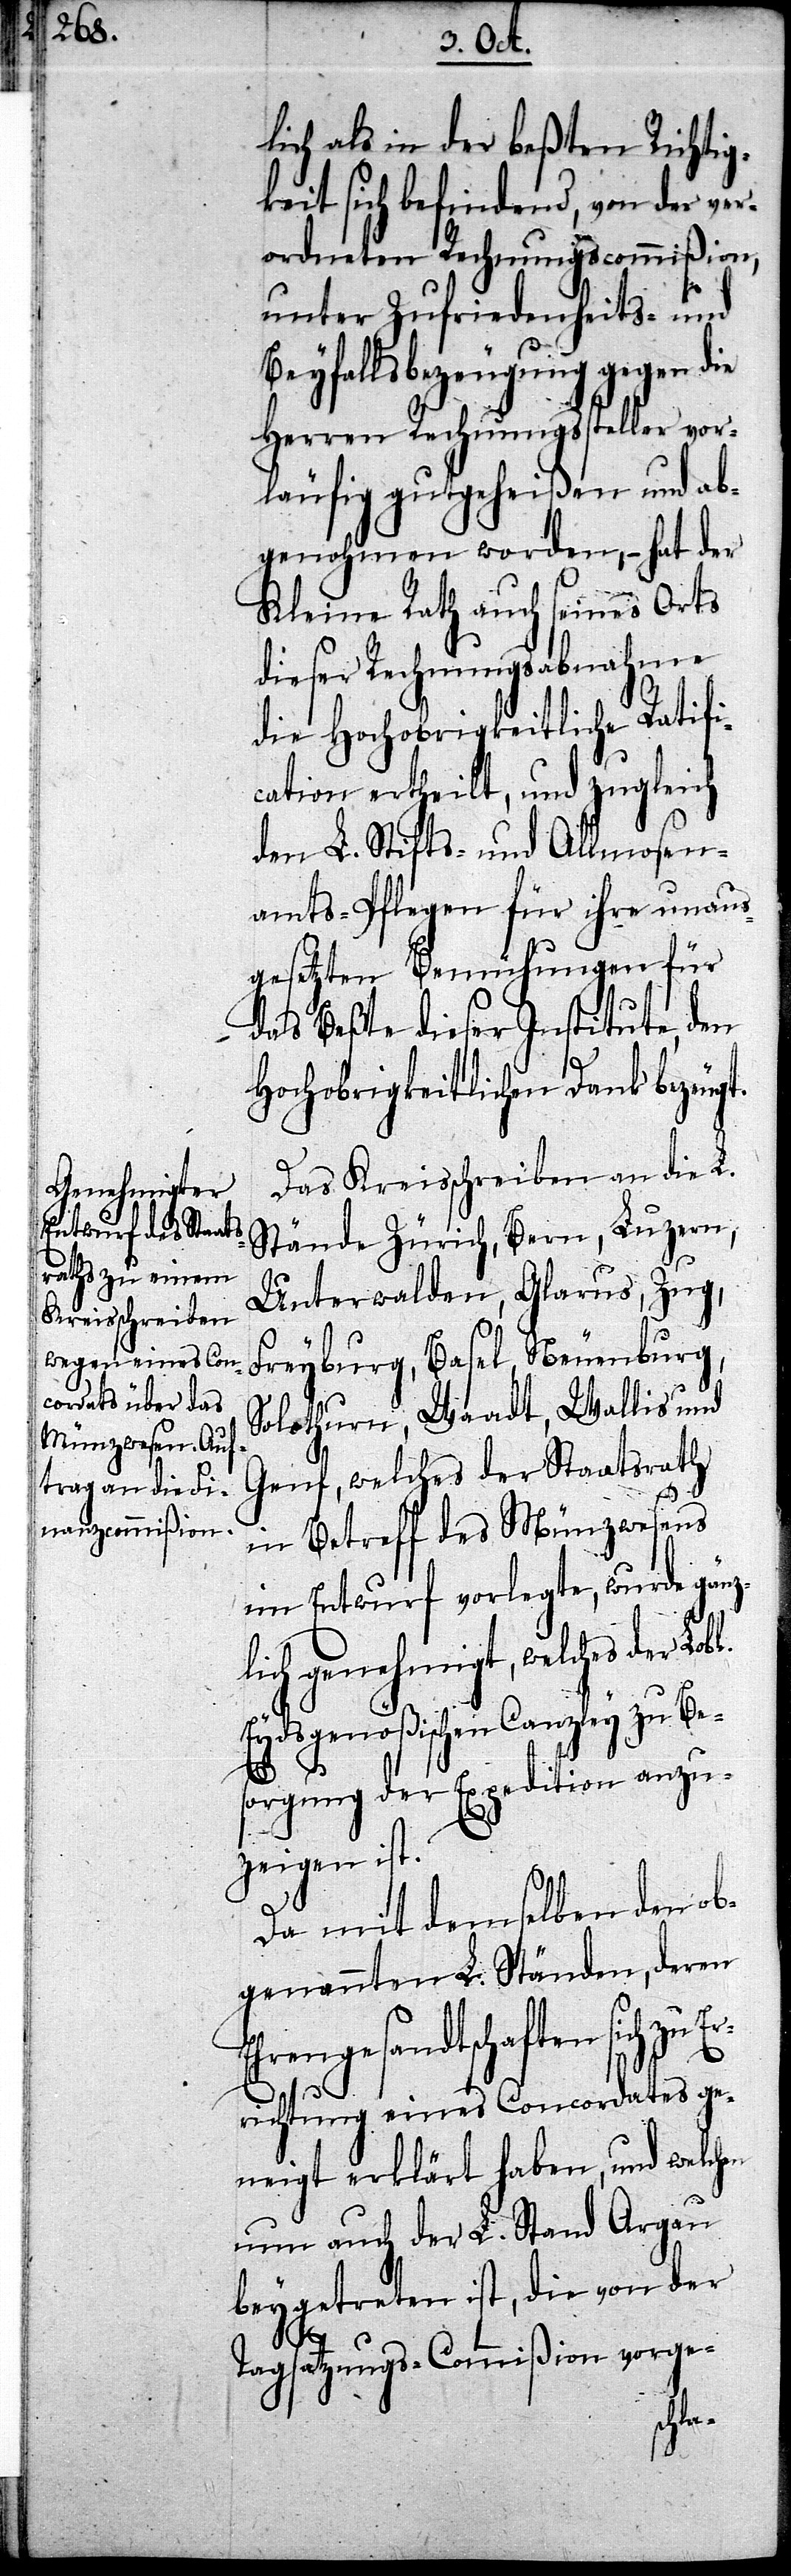
lich als in der beßten Richtig¬
keit sich befindend, von der ver¬
ordneten Rechnungscommißion,
unter Zufriedenheits- und
Beyfallsbezeugung gegen die
Herren Rechnungssteller vor¬
läufig gutgeheißen und ab¬
genohmen worden, – hat der
Kleine Rath auch seines Orts
dieser Rechnungsabnahme
die Hochobrigkeitliche Ratifi¬
cation ertheilt, und zugleich
den L. Stifts- und Allmosen¬
amts-Pflegen für ihre unaus¬
gesetzten Bemühungen für
das Beßte dieser Institute, den
Hochobrigkeitlichen Dank bezeugt.
Das Kreisschreiben an die L.
Stände Zürich, Bern, Luzern,
Unterwalden, Glarus, Zug,
Freyburg, Basel, Neuenburg,
Solothurn, Waadt, Wallis und
Genf, welches der Staatsrath
in Betreff des Münzwesens
im Entwurf vorlegte, wurde gänz¬
lich genehmigt, welches der Lob¬
Eydsgenößischen Canzley zu Be¬
Er¬
sorgung der Expedition anzu¬
zeigen ist.
Da mit demselben den ob¬
genannten L. Ständen, deren
engesandtschaften sich zu
richtung eines Concordates ge¬
neigt erklärt haben, und welchen
nun auch der L. Stand Argau
beygetreten ist, die von der
Tagsatzungs-Commißion vorge-